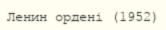
Ленин ордені (1952)